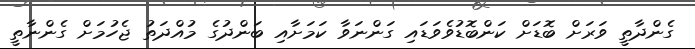
ގެންދާތީ ވަރަށް ބޮޑަށް ކަންބޮޑުވެވަޑައި ގަންނަވާ ކަމަށާއި ބަންދުގެ މުއްދަތު ޖެހުމަށް ގެންނާތީ